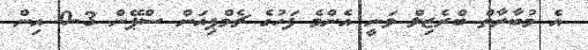
އެ މުބާރާތް ބްރެޒިލް ވަނީ އެންމެ ފަހުގެ ޗެމްޕިއަން ސްޕޭން 3-0 އިން